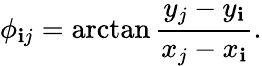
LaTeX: \phi_{\mathbf{i}j}=\arctan\frac{{y_{j}-y_{\mathbf{i}}}}{{x_{j}-x_{\mathbf{i}}}}.